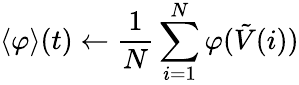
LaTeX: \left\langle\varphi\right\rangle(t)\gets\frac{1}{N}\sum_{i=1}^{N}\varphi(\tilde{V}(i))